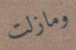
ومازلت